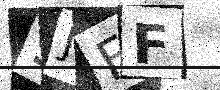
Text: 9JFF